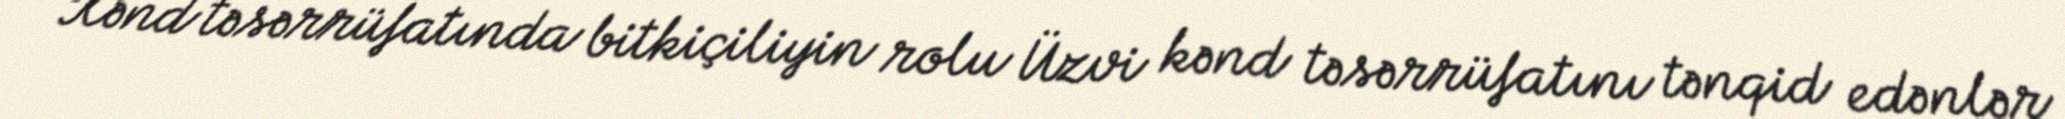
Kənd təsərrüfatında bitkiçiliyin rolu Üzvi kənd təsərrüfatını tənqid edənlər